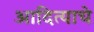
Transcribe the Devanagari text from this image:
आदित्याचे